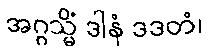
အဂ္ဂသ္မိံ ဒါနံ ဒဒတံ၊